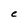
Character: C